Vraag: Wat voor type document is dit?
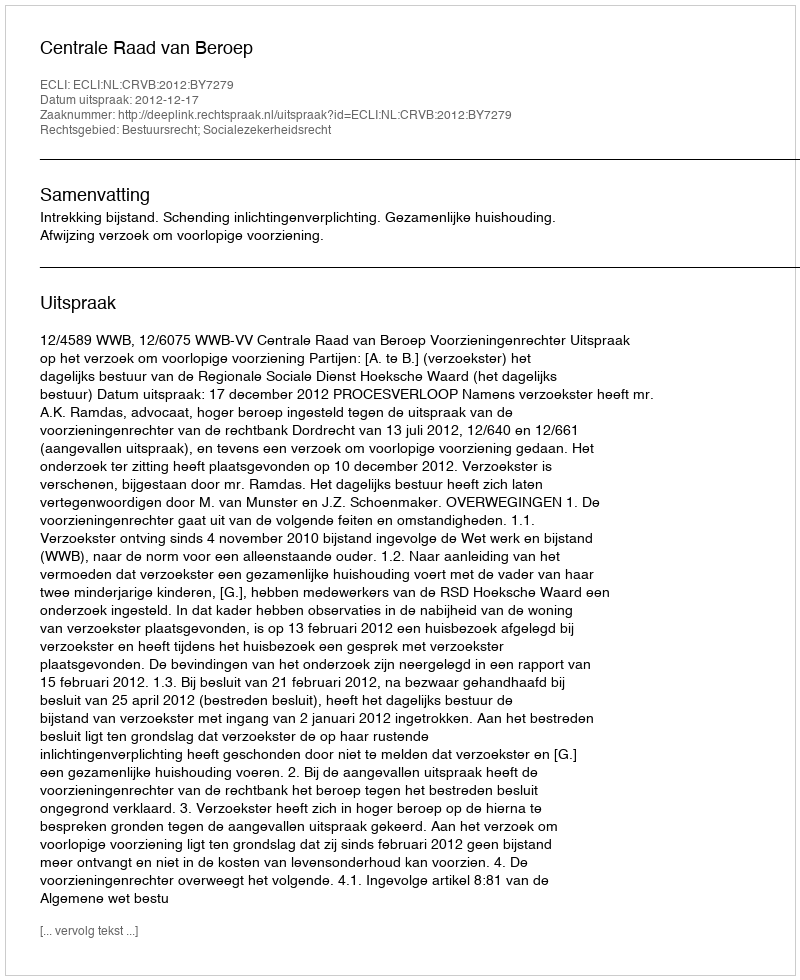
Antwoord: Uitspraak